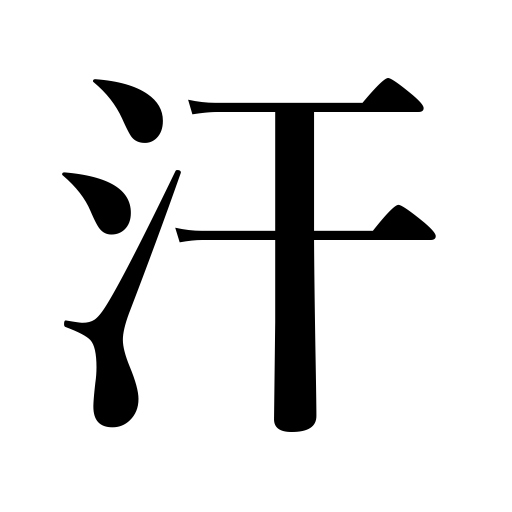
Meanings: perspiration,be sweaty